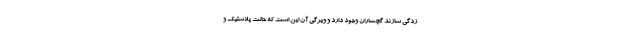
زدگی سازند گچساران وجود دارد و ویژگی آن این است که حالت پلاستیک و